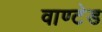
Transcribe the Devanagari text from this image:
वाण्टेड